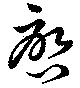
啓